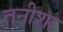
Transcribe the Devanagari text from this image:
तनीशा